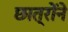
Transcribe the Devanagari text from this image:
छात्रोंने